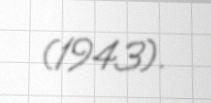
(1943).